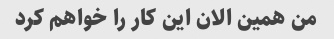
من همین الان این کار را خواهم کرد